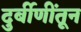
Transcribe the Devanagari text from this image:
दुर्बीणींतून